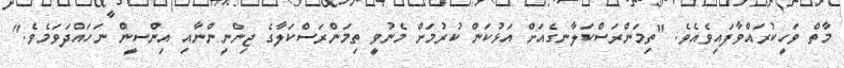
މާތް ވަހީކުރައްވާފައިވެއެވެ. "ތިމަންރަސްކަލާނގެއަށް އަޅުކަން ކުރުމަށް މެނުވީ ތިމަންރަސްކަލާގެ ޖިންނީންނާއި އިންސީން ނަހައްދަވަމެވެ."